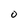
Character: O